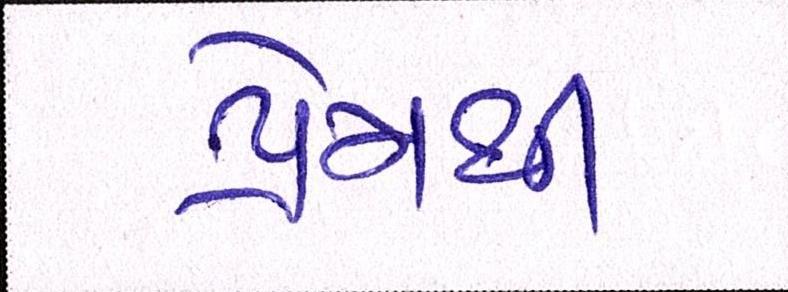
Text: પ્રેમથી